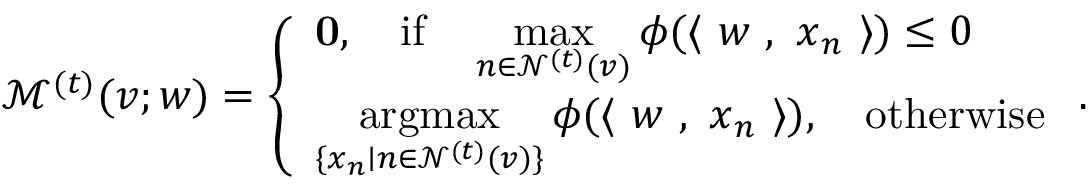
\mathcal { M } ^ { ( t ) } ( v ; { \boldsymbol w } ) = \left\{ \begin{array} { l l } { \mathbf { 0 } , \quad \mathrm { i f } \quad \displaystyle \operatorname* { m a x } _ { n \in \mathcal { N } ^ { ( t ) } ( v ) } \phi ( \langle ~ { \boldsymbol w } ~ , ~ { \boldsymbol x } _ { n } ~ \rangle ) \le 0 } \\ { \displaystyle \operatornamewithlimits { a r g m a x } _ { \{ { \boldsymbol x } _ { n } \mid n \in \mathcal { N } ^ { ( t ) } ( v ) \} } \phi ( \langle ~ { \boldsymbol w } ~ , ~ { \boldsymbol x } _ { n } ~ \rangle ) , \quad \mathrm { o t h e r w i s e } } \end{array} \right. .